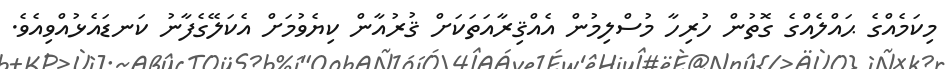
މިކަމެއްގެ ޙައްލެއްގެ ގޮތުން ހުރިހާ މުސްލިމުން އެއްޤިރާއަތަކަށް ޤުރުއާން ކިޔެވުމަށް އެކަލޭގެފާނު ކަނޑައެޅުއްވިއެވެ.